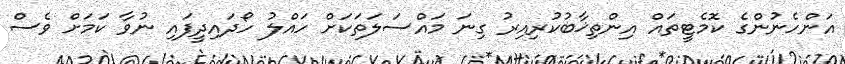
އަންހެނުންގެ ކޮމެޓީތައް އިންތިޚާބުކުރިއިރު ގިނަ މައްސަލަތަކަށް ހައްލު ހޯދައިދީފައި ނުވާ ކަމަށް ވެސް